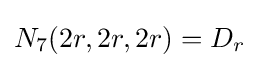
N_{7}(2r,2r,2r)=D_{r}